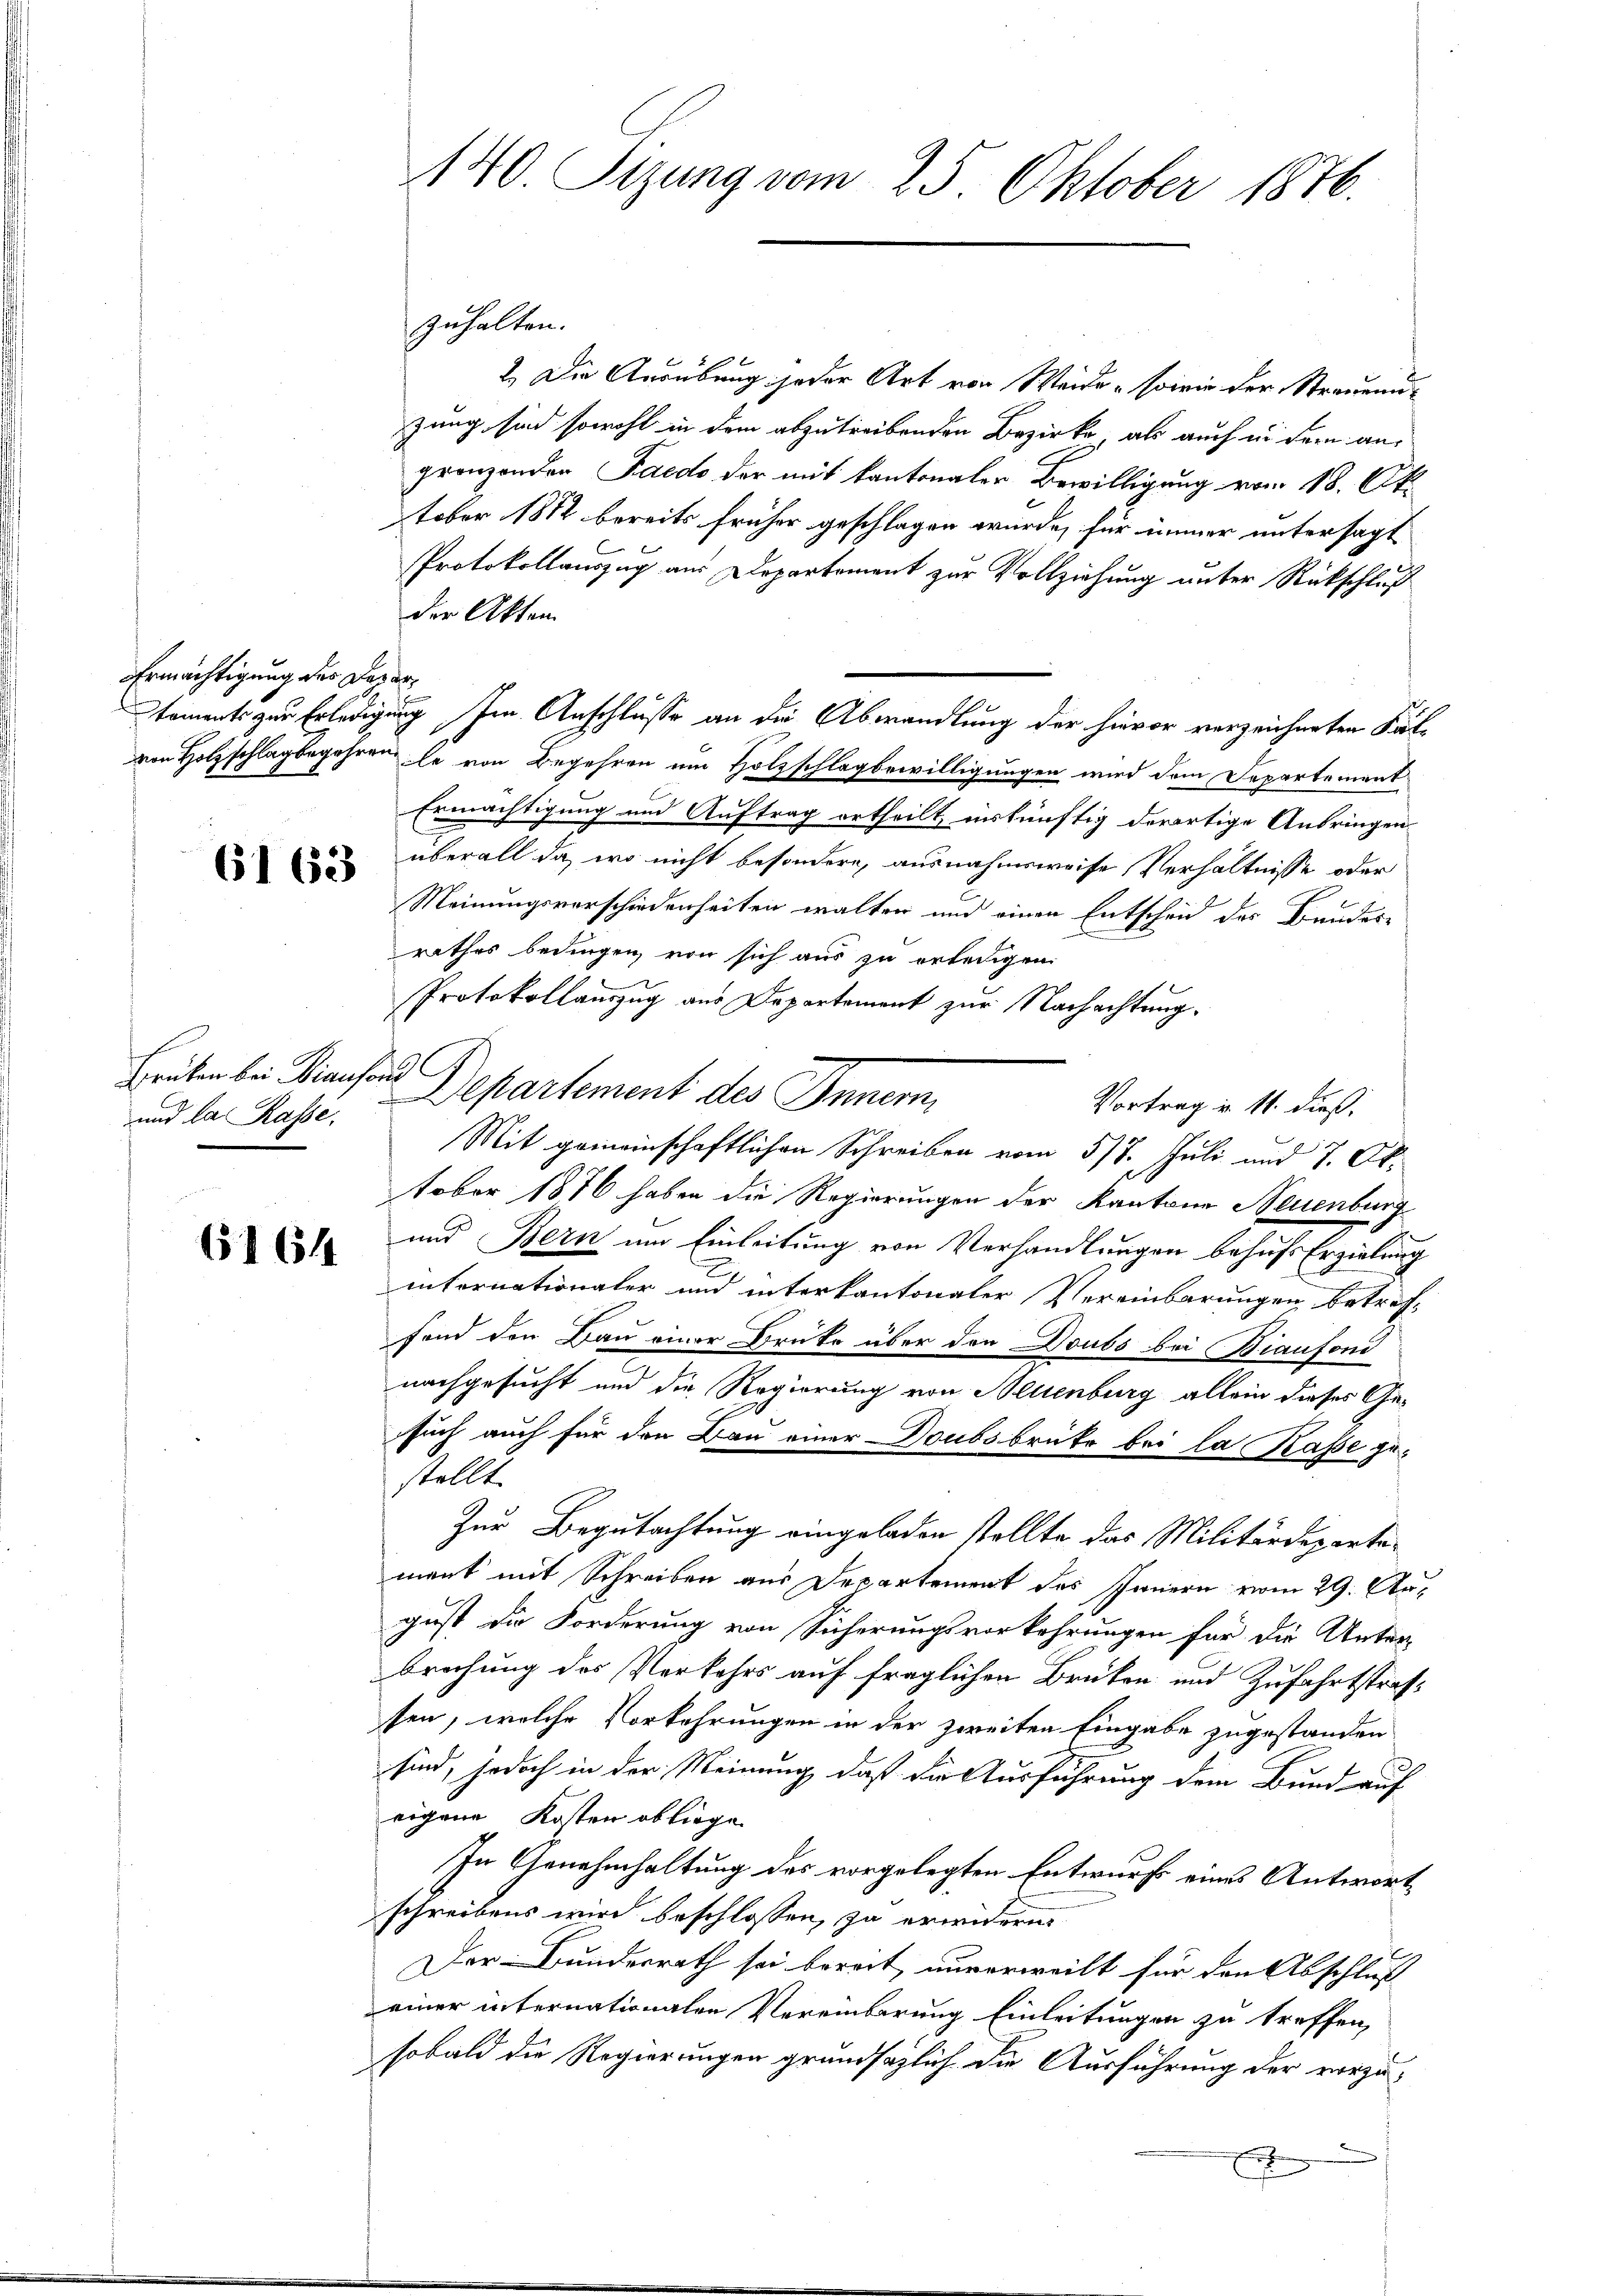
Ermächtigung des Depar¬

6162

Brüken bei Biansond
und la Rasse.

61614

140. Sizung vom 25. Oktober 1876.

zuhalten.
2. Die Ausübung jeder Art von Weide, sowie der Strauenuzung sind sowohl in dem abzutreibenden Bezirke, als auch in dem angronzenden Saedo, der mit kantonaler Bewilligung vom 18. Okt.
tober 1812 bereits früher geschlagen wurde, für immer untersagt
Protokollauszug aus Departement zur Vollziehung unter Rückschluß
der Akten
koments zur Erledigung. Im Anschlusse an die Abwandlung der hievor vorzeichneten Kät
von Holzschlagbegehren, le von Begehren um Holzschlag bewilligungen wird dem Departement
Ermächtigung und Auftrag ertheilt, inkünftig derartige Anbringen-
überall da, wo nicht besondere, ausnahmsweise Verhältnisse oder
Meinungsverschiedenheiten walter und einen Entscheid des Bundesrathes bedingen, von sich aus zu erledigen.
Protokollauszug aus Departement zur Nachachtung.
Departement des Innern,
Vortrag u. 11. dieß.
Mit gemeinschaftlichen Schreiben vom 5/7. Juli und 7. Oktober 1876 haben die Regierungen der Kantone Neuenburg
und Bern um Einleitung von Verhandlungen behufs Erzielung
internationaler und interkantonaler Vereinbarungen betreffond den Bau einer Brüke über den Doubs bei Biaufond
nachgesucht und die Regierung von Neuenburg allein dieses Gesuch auch für den Bau einer Doubsbrüte bei la Rasse gestellt.
Zur Begutachtung eingeladen stellte das Militärdeparta-
ment mit Schreiben aus Departement des Innern vom 29. August die Forderung von Sicherungsvorkehrungen für die Unter-
brechung des Verkehrs auf fraglichen Brüken und Zufahrtstrafsen, welche Vorkehrungen in der zweiten Eingabe zugestanden
sind, jedoch in der Meinung, daß die Ausführung dem Bund auf
eigene Kosten obliege
In Genehmhaltung des vorgelegten Entwurf eines Antwort
schreibens wird beschlossen, zu erwirke
Der Bundesrath sei bereit, unverweilt für den Abschluß
einer internationalen Vereinbarung Einleitungen zu treffen,
sobald die Regierungen grundsätzlich die Ausführung der vorzux